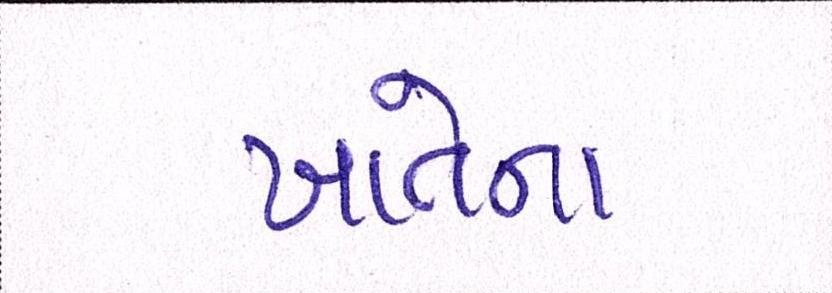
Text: ખાતેના